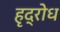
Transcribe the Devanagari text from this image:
हृद्रोध